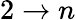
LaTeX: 2\to n